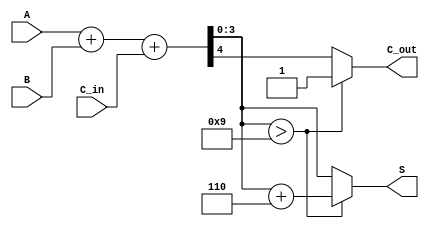
module BCD_Hybrid_Adder (
    input [3:0] A,        // First BCD digit
    input [3:0] B,        // Second BCD digit
    input C_in,           // Carry-in from previous addition
    output reg [3:0] S,   // Resulting BCD digit
    output reg C_out      // Carry-out for next decimal digit
);

    wire [4:0] sum;       // 5-bit sum to accommodate carry
    wire [4:0] corrected_sum; // Sum after BCD correction
    wire is_bcd_invalid;  // Flag to check if BCD correction is needed

    // Step 1: Binary addition of A, B and carry-in
    assign sum = A + B + C_in;

    // Step 2: Check if the sum exceeds 9 (valid BCD range)
    assign is_bcd_invalid = sum[3:0] > 4'b1001;

    // Step 3: BCD correction logic
    always @(*) begin
        if (is_bcd_invalid) begin
            // If invalid BCD, add 6 (4'b0110) to the sum
            corrected_sum = sum + 5'b0110; // 5-bit addition
            S = corrected_sum[3:0];        // Take the lower 4 bits as the result
            C_out = 1;                     // Set carry-out
        end else begin
            S = sum[3:0];                  // Valid BCD, no correction needed
            C_out = sum[4];                // Carry-out is the 5th bit of the sum
        end
    end

endmodule